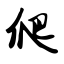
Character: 爬